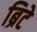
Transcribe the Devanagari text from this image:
ब्रिटे